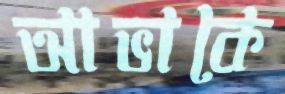
আভাকে